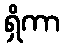
ရှိကာ